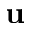
\mathbf { u }